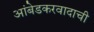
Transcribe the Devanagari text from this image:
आंबेडकरवादाची